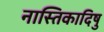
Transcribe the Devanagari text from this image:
नास्तिकादिषु